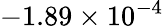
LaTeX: -1.89\times 10^{-4}